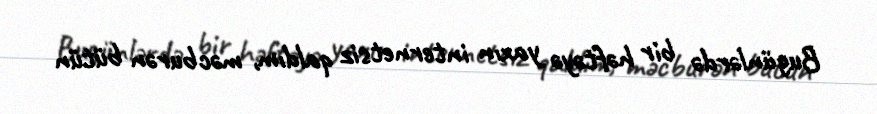
Bugünlərdə bir həftəyə yaxın internetsiz qaldım, məcburən bütün